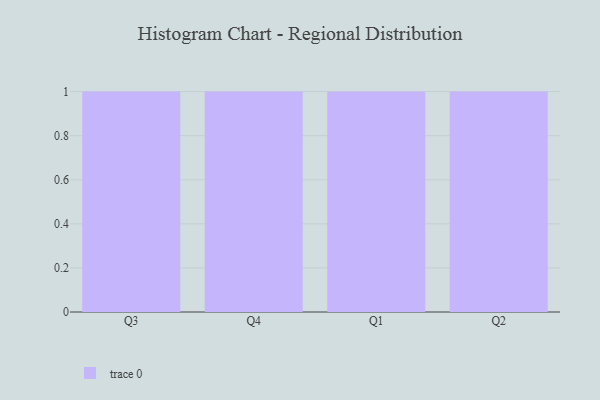
{"axis": {"x": "Quarter", "y": "Operating Costs (USD K)"}, "legend": [""], "data": [{"x": "Q3", "y": 20, "type": ""}, {"x": "Q4", "y": 48, "type": ""}, {"x": "Q1", "y": 100, "type": ""}, {"x": "Q2", "y": 85, "type": ""}]}